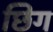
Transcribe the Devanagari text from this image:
छिग